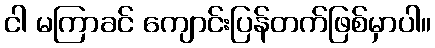
ငါ မကြာခင် ကျောင်းပြန်တက်ဖြစ်မှာပါ။